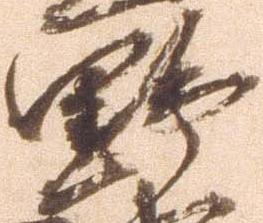
野